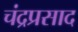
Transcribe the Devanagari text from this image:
चंद्रप्रसाद